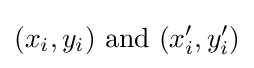
(x_{i},y_{i}){\mbox{ and }}(x'_{i},y'_{i})